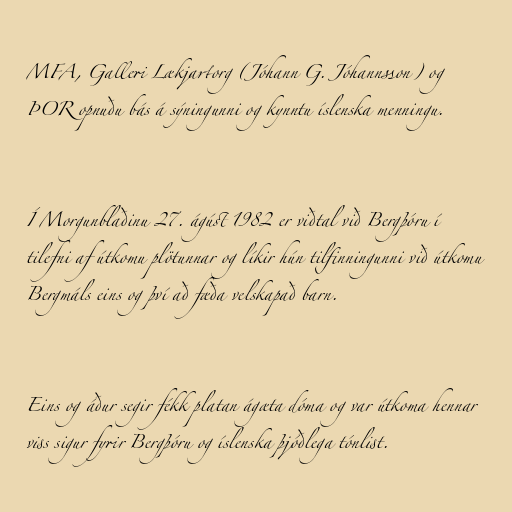
MFA, Galleri Lækjartorg (Jóhann G. Jóhannsson) og
ÞOR opnuðu bás á sýningunni og kynntu íslenska menningu.

Í Morgunblaðinu 27. ágúst 1982 er viðtal við Bergþóru í
tilefni af útkomu plötunnar og líkir hún tilfinningunni við útkomu
Bergmáls eins og því að fæða velskapað barn.

Eins og áður segir fékk platan ágæta dóma og var útkoma hennar
viss sigur fyrir Bergþóru og íslenska þjóðlega tónlist.